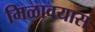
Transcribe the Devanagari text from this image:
मिळावयास